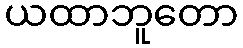
ယထာဘူတော